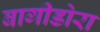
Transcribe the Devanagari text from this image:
बागीडोरा